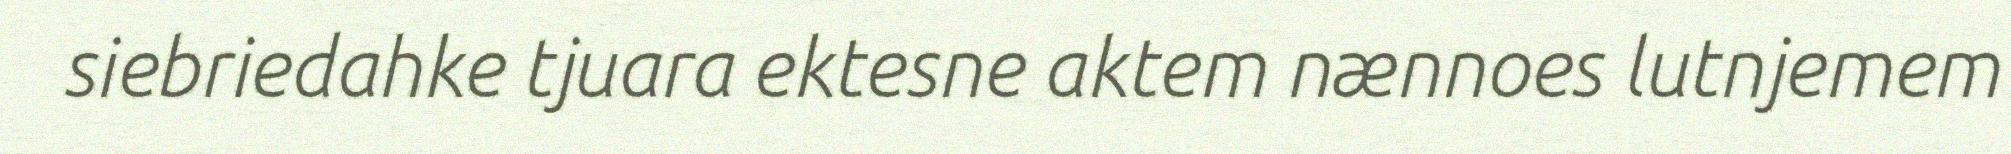
siebriedahke tjuara ektesne aktem nænnoes lutnjemem